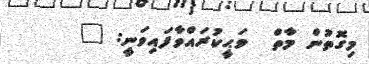
މިގޮތުން މާތް  ވަޙީކުރައްވާފައިވަނީ: "